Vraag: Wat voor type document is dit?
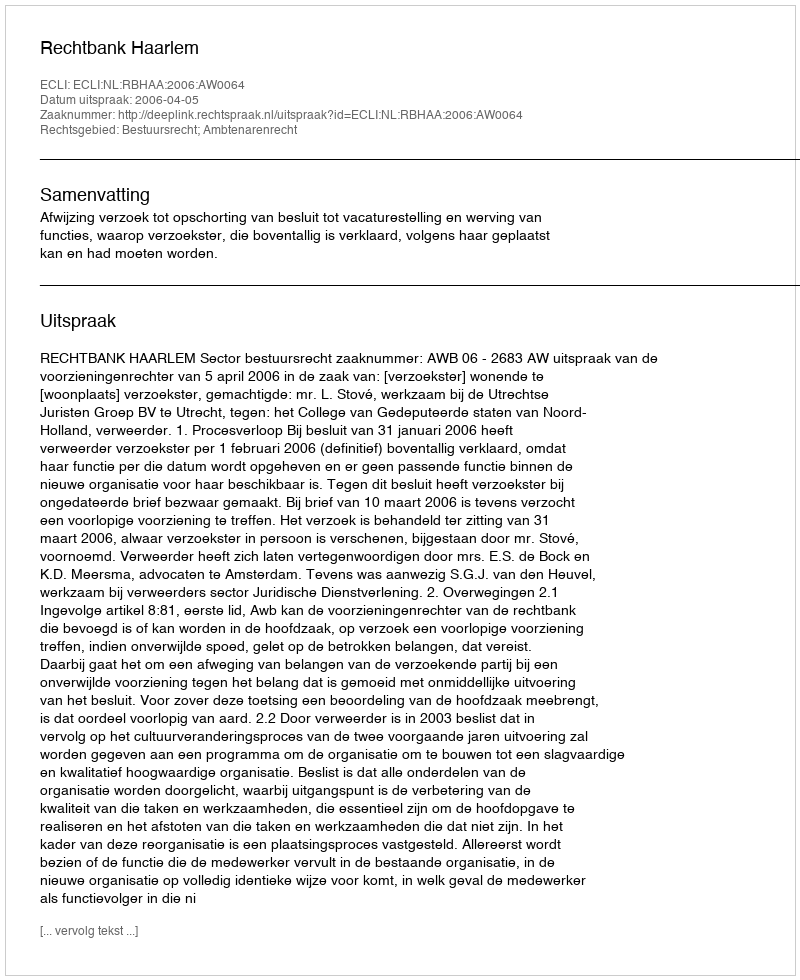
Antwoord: Uitspraak